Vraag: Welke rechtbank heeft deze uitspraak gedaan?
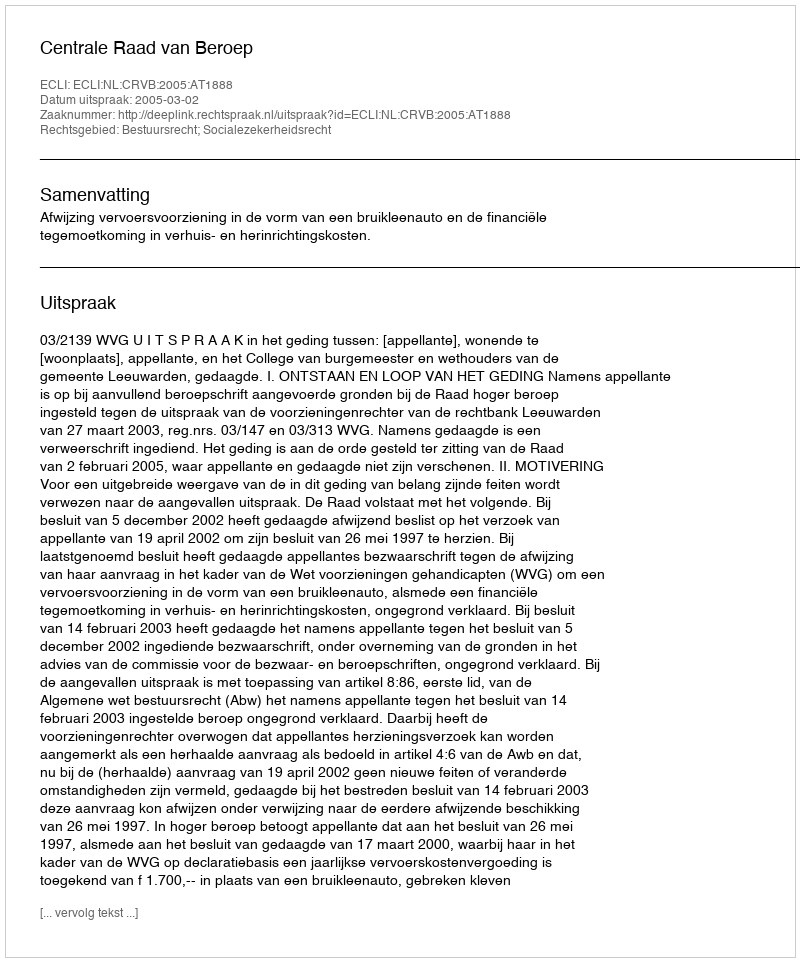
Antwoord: Centrale Raad van Beroep